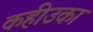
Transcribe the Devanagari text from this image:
कहीउका